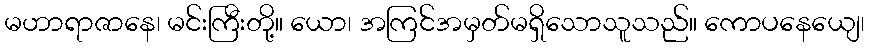
မဟာရာဇာနေ၊ မင်းကြီးတို့။ ယော၊ အကြင်အမှတ်မရှိသောသူသည်။ ကောပနေယျေ၊